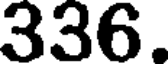
336.